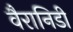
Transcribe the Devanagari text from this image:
वैरानिडी